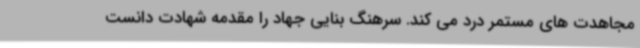
مجاهدت های مستمر درد می کند. سرهنگ بنایی جهاد را مقدمه شهادت دانست